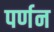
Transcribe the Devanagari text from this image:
पर्णन